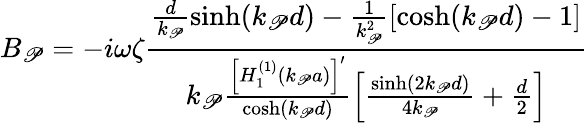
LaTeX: B_{\mathscr{P}}=-i\omega\zeta\frac{{\frac{{d}}{{k_{\mathscr{P}}}}\sinh(k_{\mathscr{P}}d)-\frac{{1}}{{k_{\mathscr{P}}^{2}}}[\cosh(k_{\mathscr{P}}d)-1]}}{{k_{\mathscr{P}}\frac{{\left[H_{1}^{(1)}(k_{\mathscr{P}}a)\right]^{\prime}}}{{\cosh(k_{\mathscr{P}}d)}}\left[\frac{{\sinh(2k_{\mathscr{P}}d)}}{{4k_{\mathscr{P}}}}+\frac{{d}}{{2}}\right]}}